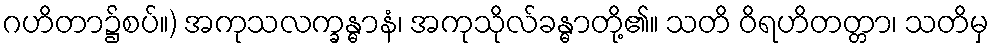
ဂဟိတာ၌စပ်။) အကုသလက္ခန္ဓာနံ၊ အကုသိုလ်ခန္ဓာတို့၏။ သတိ ဝိရဟိတတ္တာ၊ သတိမှ